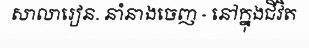
សាលារៀន. នាំនាងចេញ - នៅក្នុងជីវិត